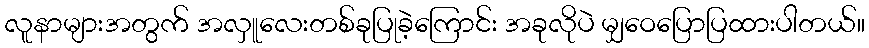
လူနာများအတွက် အလှူလေးတစ်ခုပြုခဲ့ကြောင်း အခုလိုပဲ မျှဝေပြောပြထားပါတယ်။